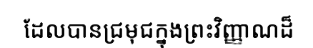
ដែលបានជ្រមុជក្នុងព្រះវិញ្ញាណដ៏